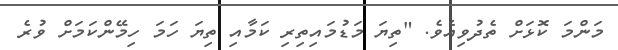
މަންމަ ކޮޅަށް ތެދުވިއެވެ. "ތިޔަ މަޑުމައިތިރި ކަމާއި ތިޔަ ހަމަ ހިމޭންކަމަށް ވުރެ